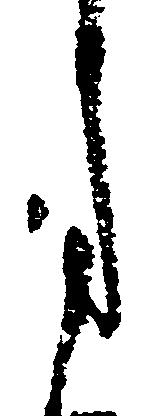
月